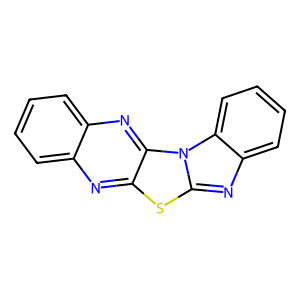
SMILES: c1ccc2nc3c(nc2c1)sc1nc2ccccc2n13
Inhibits HIV replication: No